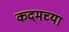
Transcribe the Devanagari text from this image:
कदमच्या